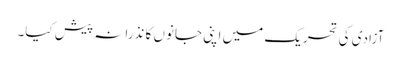
آزادی کی تحریک میں اپنی جانوں کا نذرانہ پیش کیا۔